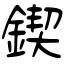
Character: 鍥